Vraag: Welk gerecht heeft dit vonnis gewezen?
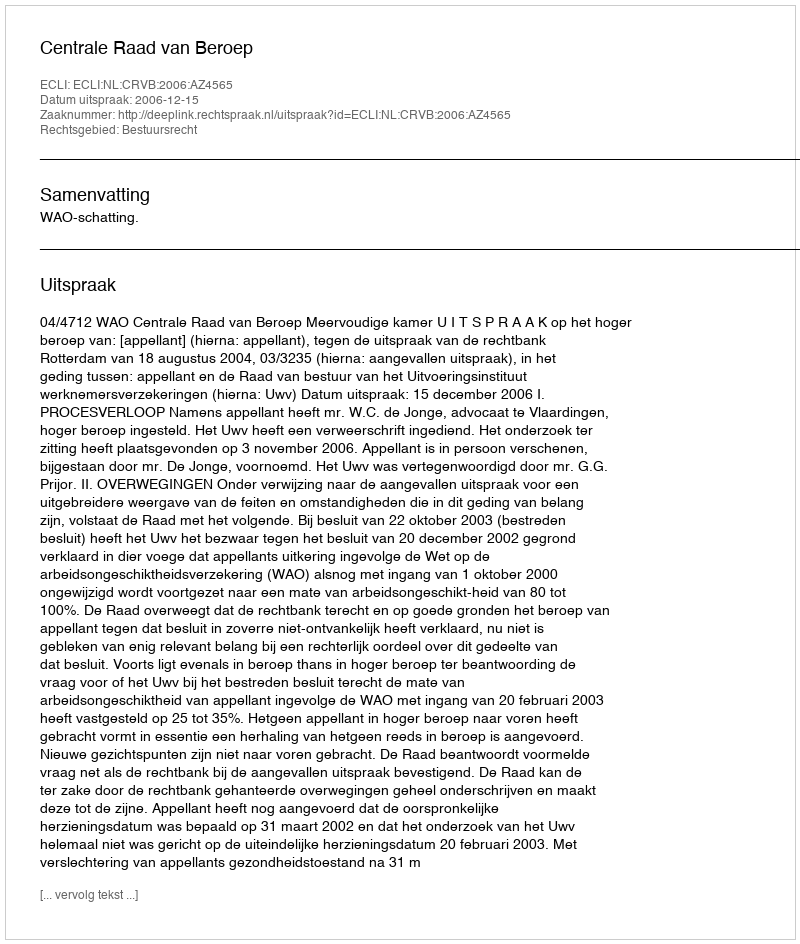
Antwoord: Centrale Raad van Beroep